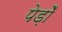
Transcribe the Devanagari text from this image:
पेड़ोँ